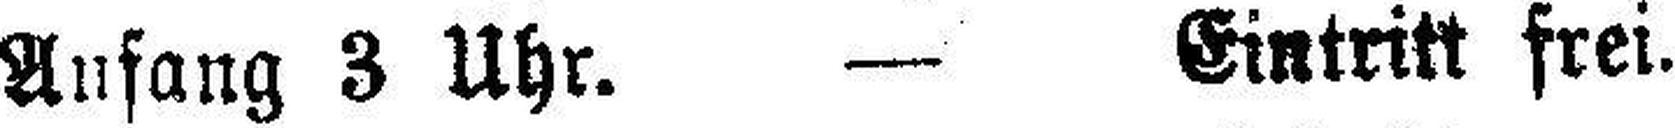
Anfang 3 Uhr. — Eintritt frei.